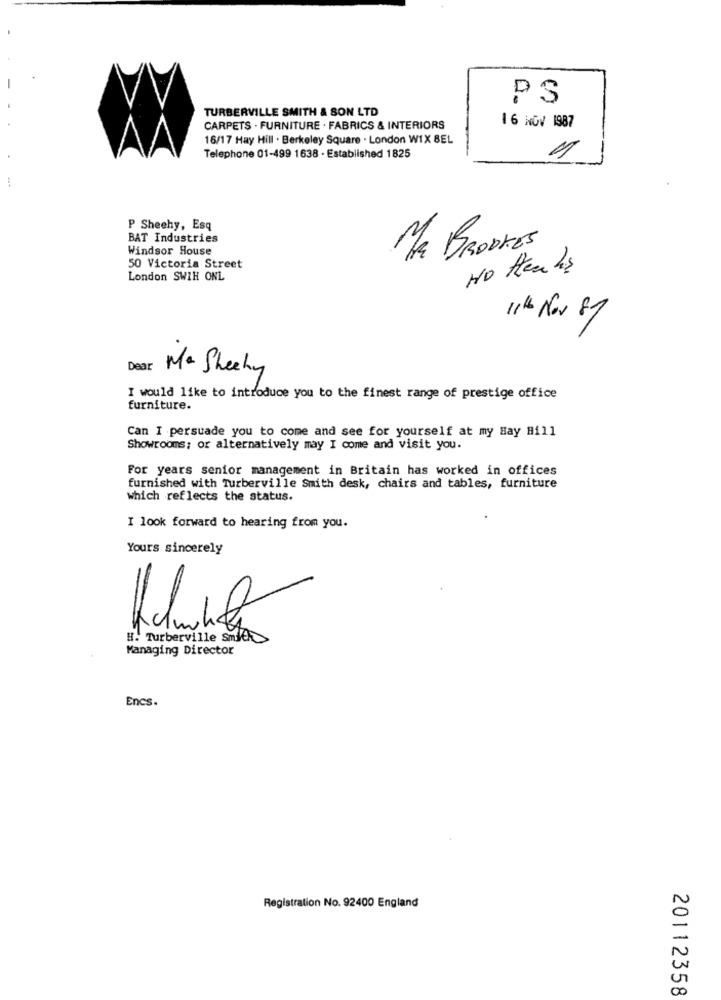
PS
TURBERVILLE SMITH & SON LTD
16 NOV 1987
CARPETS . FURNITURE . FABRICS & INTERIORS
16/17 Hay Hill . Berkeley Square . London WIX BEL
Telephone 01-499 1638 - Established 1825
P Sheehy, Esq
BAT Industries
Windsor House
ME BRODKES
50 Victoria Street
HO Henlas
London SWIH ONL
11th Nov 87
Dear Me Sheehy
I would like to introduce you to the finest range of prestige office
furniture.
Can I persuade you to come and see for yourself at my Hay Hill
Showrooms: or alternatively may I come and visit you.
For years senior management in Britain has worked in offices
furnished with Turberville Smith desk, chairs and tables, furniture
which reflects the status.
I look forward to hearing from you.
Yours sincerely
H. Turberville Smith>
Managing Director
Encs
Registration No. 92400 England
20112358